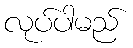
လုပ်ပါမည်